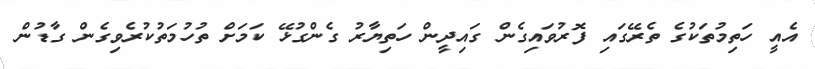
އެއީ ހަތިމުތަކުގެ ތެރޭގައި ފޮރުވައިގެން ގައިދީން ހަތިޔާރު ގެންގުޅޭ ކަމަށް ތުހުމަތުކުރެވިގެން ގާޑުން